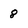
Character: 8